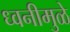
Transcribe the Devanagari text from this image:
ध्वनीमुळे